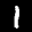
Label: 1